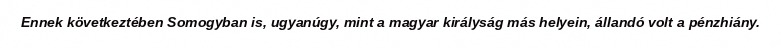
Ennek következtében Somogyban is, ugyanúgy, mint a magyar királyság más helyein, állandó volt a pénzhiány.